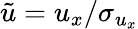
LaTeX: \tilde{u}=u_{x}/\sigma_{u_{x}}